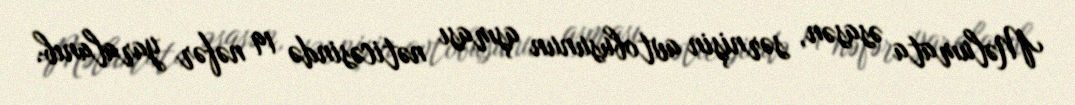
Məlumata əsasən, sərnişin avtobusunun aşması nəticəsində 19 nəfər yaralanıb.